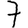
Digit: 7